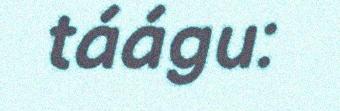
táágu: